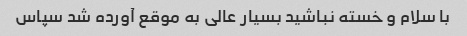
با سلام و خسته نباشید بسیار عالی به موقع آورده شد سپاس